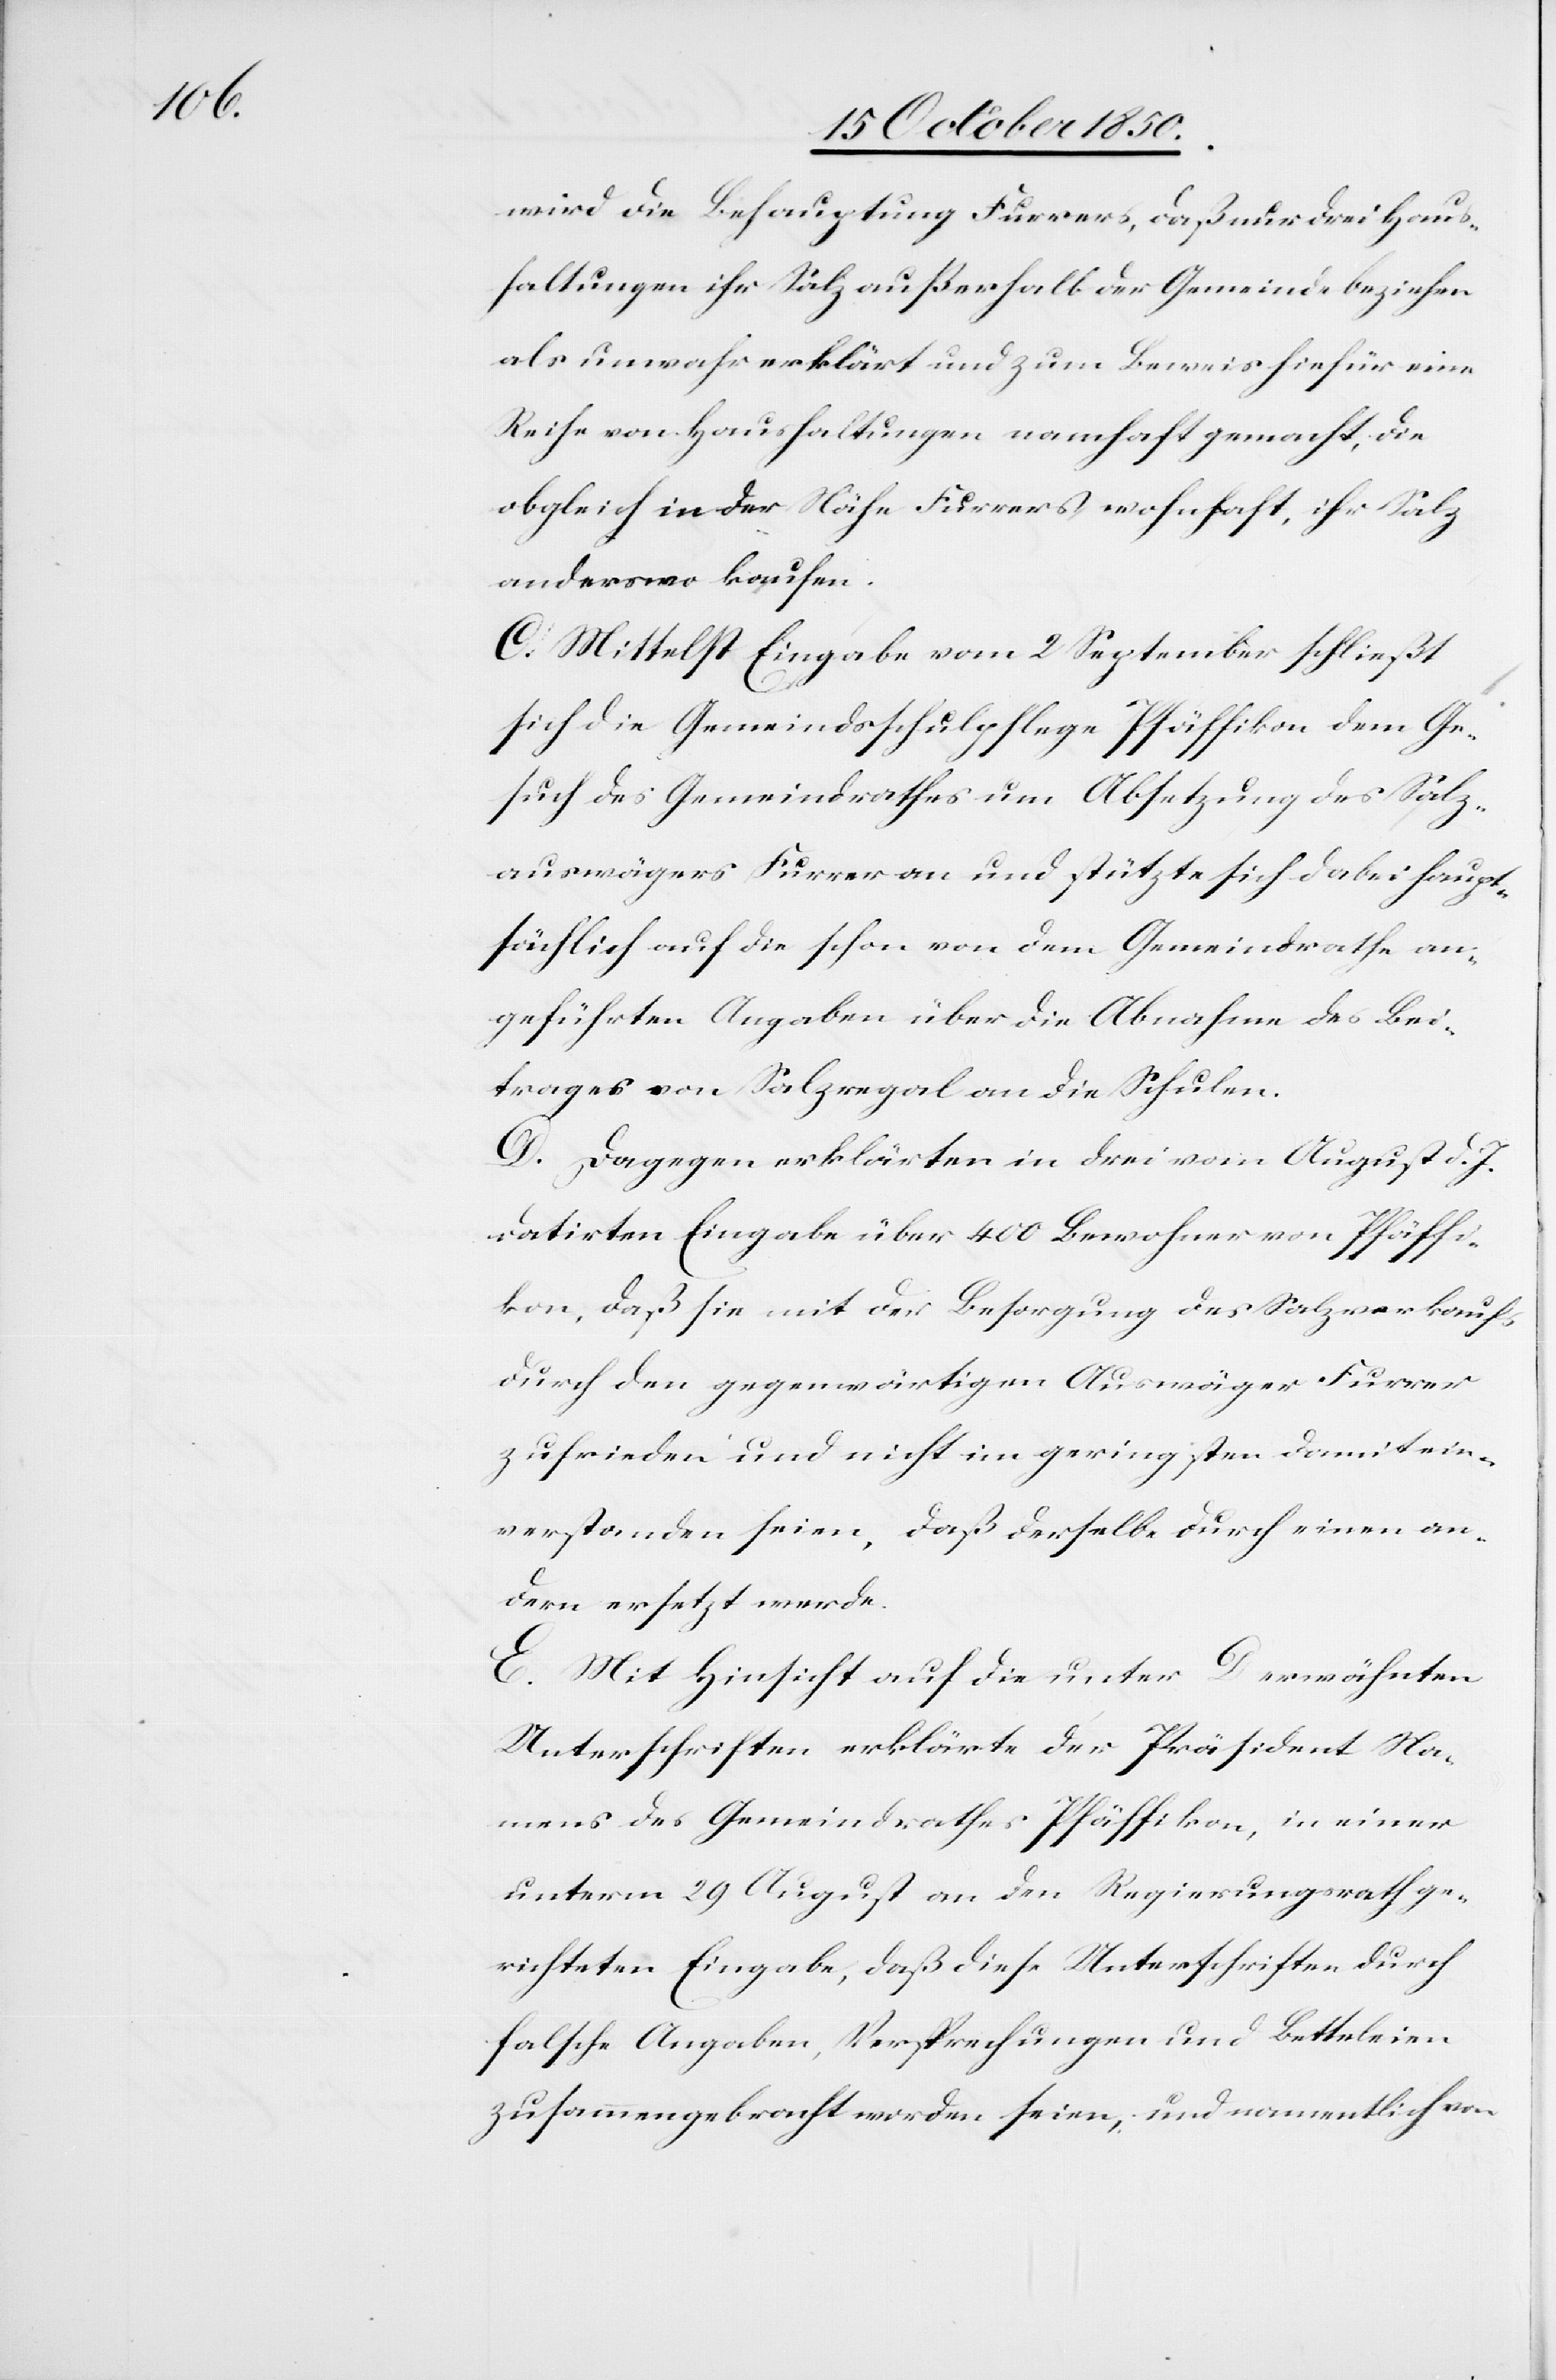
wird die Behauptung Furrers, daß nur drei Haus¬
haltungen ihr Salz außerhalb der Gemeinde beziehen
als unwahr erklärt und zum Beweis hiefür eine
Reihe von Haushaltungen namhaft gemacht, die
obgleich in der Nähe Furrers wohnhaft, ihr Salz
anderswo kaufen.
C. Mittelst Eingabe vom 2 September schließt
sich die Gemeindsschulpflege Pfäffikon dem Ge¬
such des Gemeindrathes um Absetzung der Salz¬
auswägers Furrer an und stütze sich dabei haupt¬
sächlich auf die schon von dem Gemeindrathe an¬
geführten Angaben über die Abnahme des Bei¬
trages von Salzregal an die Schulen.
D. Dagegen erklärten in drei vom August d. J.
datirten Eingabe über 400 Bewohner von Pfäffi¬
kon, daß sie mit der Besorgung des Salzverkaufs
durch den gegenwärtigen Auswäger Furrer
zufrieden und nicht im geringsten damit ein¬
verstanden seien, daß derselbe durch einen an¬
dern ersetzt werde.
E. Mit Hinsicht auf die unter D erwähnten
Unterschriften erklärte der Präsident Na¬
mens des Gemeindrathes Pfäffikon, in einer
unterm 29 August an den Regierungsrath ge¬
richteten Eingabe, daß diese Unterschriften durch
falsche Angaben, Versprechungen und Betteleien
zusammengebracht worden seien, und namentlich von